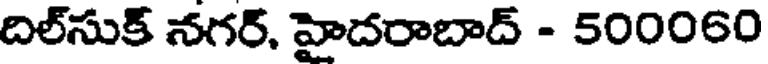
దిల్సుక్ నగర్, హైదరాబాద్ - 500060